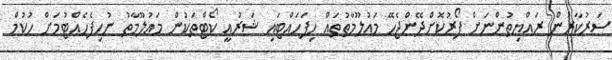
ސަރުކާރުން ރައްޔިތުންނަށް ފޯރުކޮށްދޭންޖެހޭ މައުލޫމާތުތައް ހިފަހައްޓައި ޝަރުއީ ކޯޓްތަކުން މައުލޫމާތު ނުހިފެހެއްޓުމަށް ހުކުމް